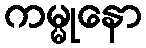
ကမ္မုနော